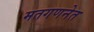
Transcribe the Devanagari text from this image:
मतगणनेत